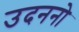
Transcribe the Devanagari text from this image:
उदननो